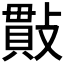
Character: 𢿒